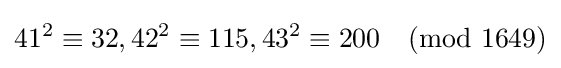
41^{2}\equiv 32,42^{2}\equiv 115,43^{2}\equiv 200{\pmod {1649}}